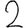
Digit: 2